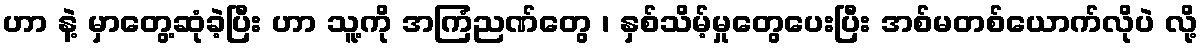
ဟာ နဲ့ မှာတွေ့ဆုံခဲ့ပြီး ဟာ သူ့ကို အကြံညဏ်တွေ ၊ နှစ်သိမ့်မှုတွေပေးပြီး အစ်မတစ်ယောက်လိုပဲ လို့